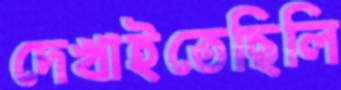
দেখাইতেছিলি